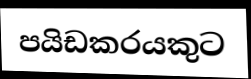
පයිඩකරයකුට